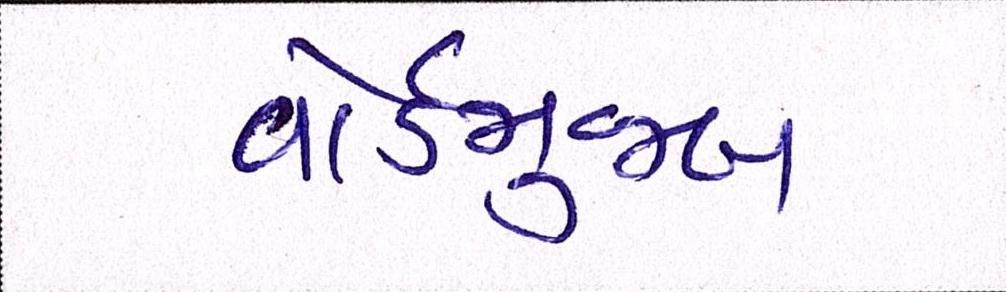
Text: વોર્ડમુજબ